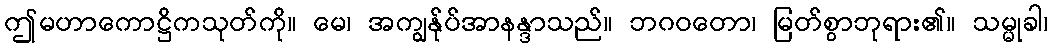
ဤမဟာကောဋ္ဌိကသုတ်ကို။ မေ၊ အကျွန်ုပ်အာနန္ဒာသည်။ ဘဂဝတော၊ မြတ်စွာဘုရား၏။ သမ္မုခါ၊